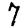
Digit: 7